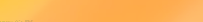
بيع وشراء مجوهرات ذهبية ف